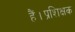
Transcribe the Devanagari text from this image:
हैं।प्रशिक्षक